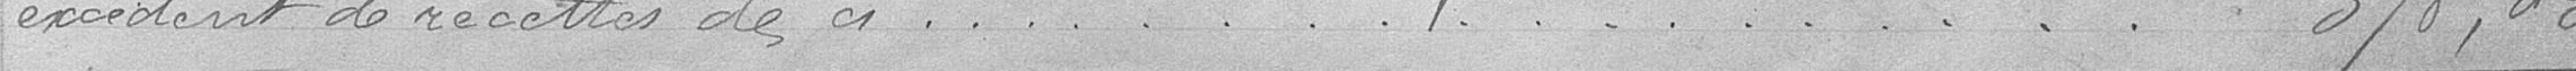
excédent de recettes de ci.............................378,03